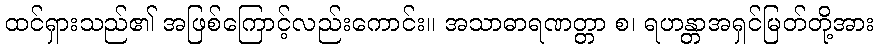
ထင်ရှားသည်၏ အဖြစ်ကြောင့်လည်းကောင်း။ အသာဓာရဏတ္တာ စ၊ ရဟန္တာအရှင်မြတ်တို့အား